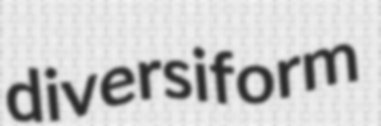
diversiform